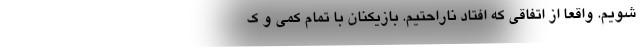
شویم. واقعا از اتفاقی که افتاد ناراحتیم. بازیکنان با تمام کمی و ک